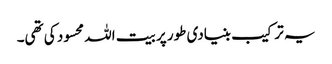
یہ ترکیب بنیادی طور پر بیت اللہ محسود کی تھی۔